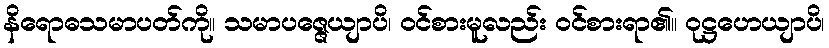
နိရောဓသမာပတ်ကို။ သမာပဇ္ဇေယျာပိ၊ ဝင်စားမူလည်း ဝင်စားရာ၏။ ဝုဋ္ဌဟေယျာပိ၊